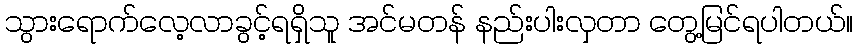
သွားရောက်လေ့လာခွင့်ရရှိသူ အင်မတန် နည်းပါးလှတာ တွေ့မြင်ရပါတယ်။